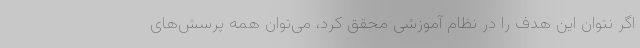
اگر نتوان این هدف را در نظام آموزشی محقق کرد، می‌توان همه پرسش‌های